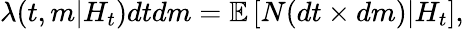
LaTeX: \lambda(t,m|H_{t})dtdm=\mathbb{E}\left[N(dt\times dm)|H_{t}\right],